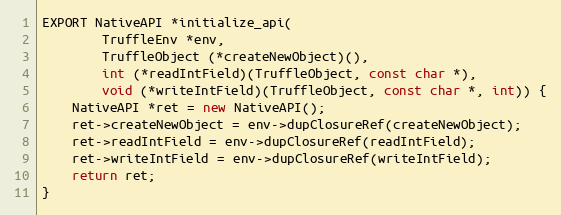
Language: C++
EXPORT NativeAPI *initialize_api(
        TruffleEnv *env,
        TruffleObject (*createNewObject)(),
        int (*readIntField)(TruffleObject, const char *),
        void (*writeIntField)(TruffleObject, const char *, int)) {
    NativeAPI *ret = new NativeAPI();
    ret->createNewObject = env->dupClosureRef(createNewObject);
    ret->readIntField = env->dupClosureRef(readIntField);
    ret->writeIntField = env->dupClosureRef(writeIntField);
    return ret;
}